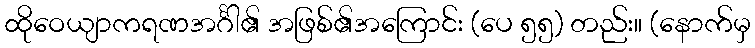
ထိုဝေယျာကရဏအင်္ဂါ၏ အဖြစ်၏အကြောင်း (ပေ ၅၅) တည်း။ (နောက်မှ